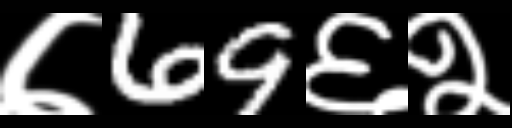
Text: ७69६२